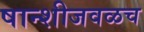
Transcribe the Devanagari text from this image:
षान्शीजवळच